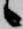
候